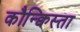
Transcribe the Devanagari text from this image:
कौन्क्विस्ता